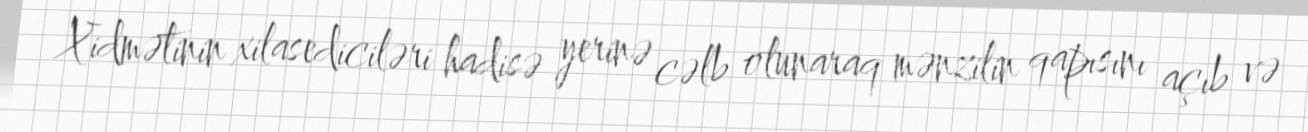
Xidmətinin xilasediciləri hadisə yerinə cəlb olunaraq mənzilin qapısını açıb və